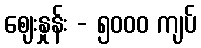
စျေးနှုန်း - ၅၀၀၀ ကျပ်